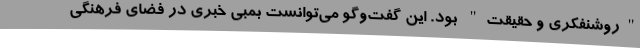
"روشنفکری و حقیقت" بود. این گفت‌وگو می‌توانست بمبی خبری در فضای فرهنگی